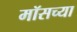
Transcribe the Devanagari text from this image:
मॉसच्या